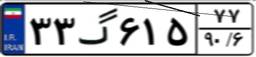
۳۳گ۶۱۵۷۷